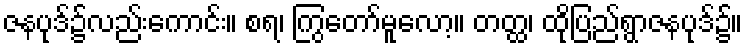
ဇနပုဒ်၌လည်းကောင်း။ စရ၊ ကြွတော်မူလော့။ တတ္ထ၊ ထိုပြည်ရွာဇနပုဒ်၌။